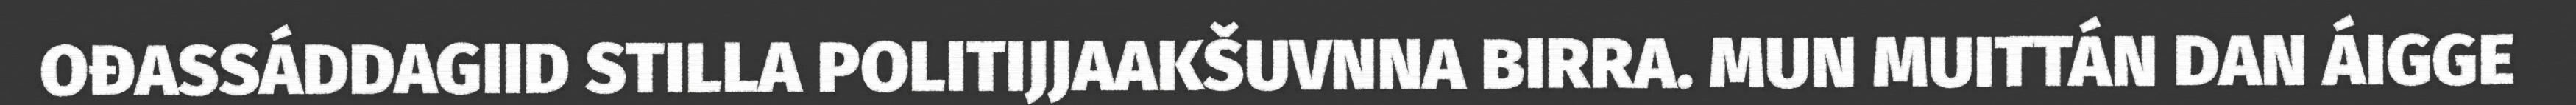
OĐASSÁDDAGIID STILLA POLITIJJAAKŠUVNNA BIRRA. MUN MUITTÁN DAN ÁIGGE